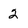
Character: 2